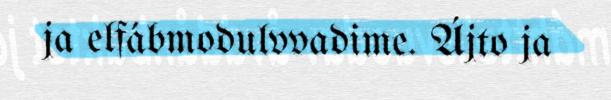
ja elfábmodulvvadime. Ájto ja